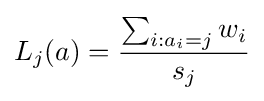
L_{j}(a)={\frac {\sum _{i:a_{i}=j}w_{i}}{s_{j}}}